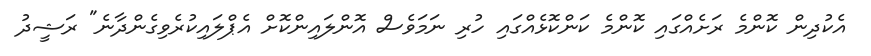
އެކުދިން ކޮންމެ ރަށެއްގައި ކޮންމެ ކަންކޮޅެއްގައި ހުރި ނަމަވެސް އޮންލައިންކޮށް އެޕްލައިކުރެވިގެންދާނެ" ރަޝީދު